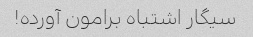
سیگار اشتباه برامون آورده!